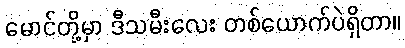
မောင်တို့မှာ ဒီသမီးလေး တစ်ယောက်ပဲရှိတာ။